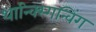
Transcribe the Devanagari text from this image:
थान्क्स्गिन्विंग